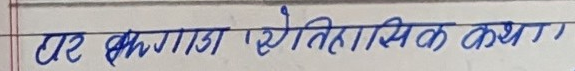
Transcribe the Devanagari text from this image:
पर भीमगडा ऐतिहासिक कथा।